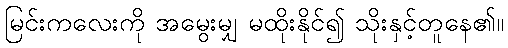
မြင်းကလေးကို အမွေးမျှ မထိုးနိုင်၍ သိုးနှင့်တူနေ၏။